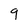
Character: 9